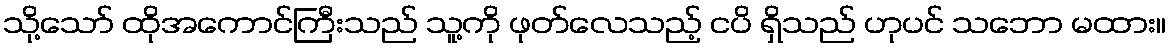
သို့သော် ထိုအကောင်ကြီးသည် သူ့ကို ဖုတ်လေသည့် ငပိ ရှိသည် ဟုပင် သဘော မထား။